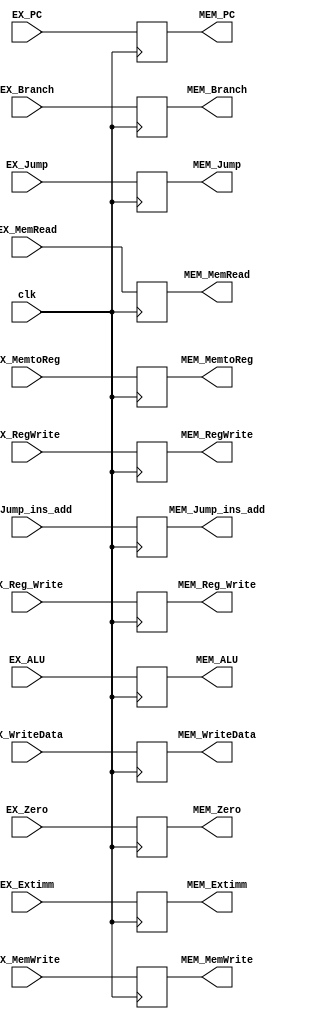
module EX_MEM (clk,
    EX_MemtoReg, EX_RegWrite,
    EX_Branch, EX_Jump, EX_MemWrite, EX_MemRead,
    EX_PC, EX_Jump_ins_add, EX_Zero, EX_ALU, EX_WriteData, EX_Extimm, EX_Reg_Write,
    MEM_MemtoReg,  MEM_RegWrite,
    MEM_Branch, MEM_Jump, MEM_MemWrite, MEM_MemRead,
    MEM_PC, MEM_Jump_ins_add, MEM_Zero, MEM_ALU, MEM_WriteData, MEM_Extimm, MEM_Reg_Write);
    
    input clk;

    input EX_MemtoReg;
    input EX_RegWrite;

    input EX_Branch;
    input EX_Jump;
    input EX_MemWrite;
    input EX_MemRead;

    input [31:0] EX_PC;
    input [25:0] EX_Jump_ins_add;
    input        EX_Zero;
    input [31:0] EX_ALU;
    input [31:0] EX_WriteData;
    input [31:0] EX_Extimm;
    input [4:0]  EX_Reg_Write;

    output reg MEM_MemtoReg;
    output reg MEM_RegWrite;

    output reg  MEM_Branch;
    output reg  MEM_Jump;
    output reg  MEM_MemWrite;
    output reg  MEM_MemRead;

    output reg [31:0] MEM_PC;
    output reg [25:0] MEM_Jump_ins_add;
    output reg        MEM_Zero;
    output reg [31:0] MEM_ALU;
    output reg [31:0] MEM_WriteData;
    output reg [31:0] MEM_Extimm;
    output reg [4:0]  MEM_Reg_Write;   

    always @(posedge clk) begin
        MEM_MemtoReg   <= EX_MemtoReg;
        MEM_RegWrite   <= EX_RegWrite;
        MEM_Branch     <= EX_Branch;
        MEM_Jump       <= EX_Jump;
        MEM_MemWrite   <= EX_MemWrite;
        MEM_MemRead    <= EX_MemRead;
        MEM_PC         <= EX_PC;
        MEM_Jump_ins_add <= EX_Jump_ins_add;
        MEM_Zero       <= EX_Zero;
        MEM_ALU     <= EX_ALU;
        MEM_WriteData <= EX_WriteData;
        MEM_Extimm     <= EX_Extimm;
        MEM_Reg_Write  <= EX_Reg_Write;
    end

endmodule //EX_MEM